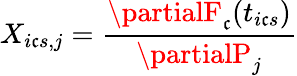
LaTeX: X_{i\mathfrak{c}s,j}=\frac{{\partialF_{\mathfrak{c}}(t_{i\mathfrak{c}s})}}{{\partialP_{j}}}